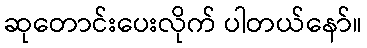
ဆုတောင်းပေးလိုက် ပါတယ်နော်။